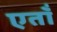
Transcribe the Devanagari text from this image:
एताँ